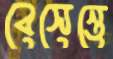
বেসেন্তে